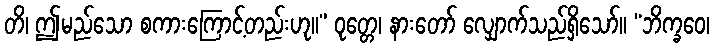
တိ၊ ဤမည်သော စကားကြောင့်တည်းဟု။” ဝုတ္တေ၊ နားတော် လျှောက်သည်ရှိသော်။ “ဘိက္ခဝေ၊